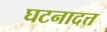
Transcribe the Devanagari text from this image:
घटनादत्त